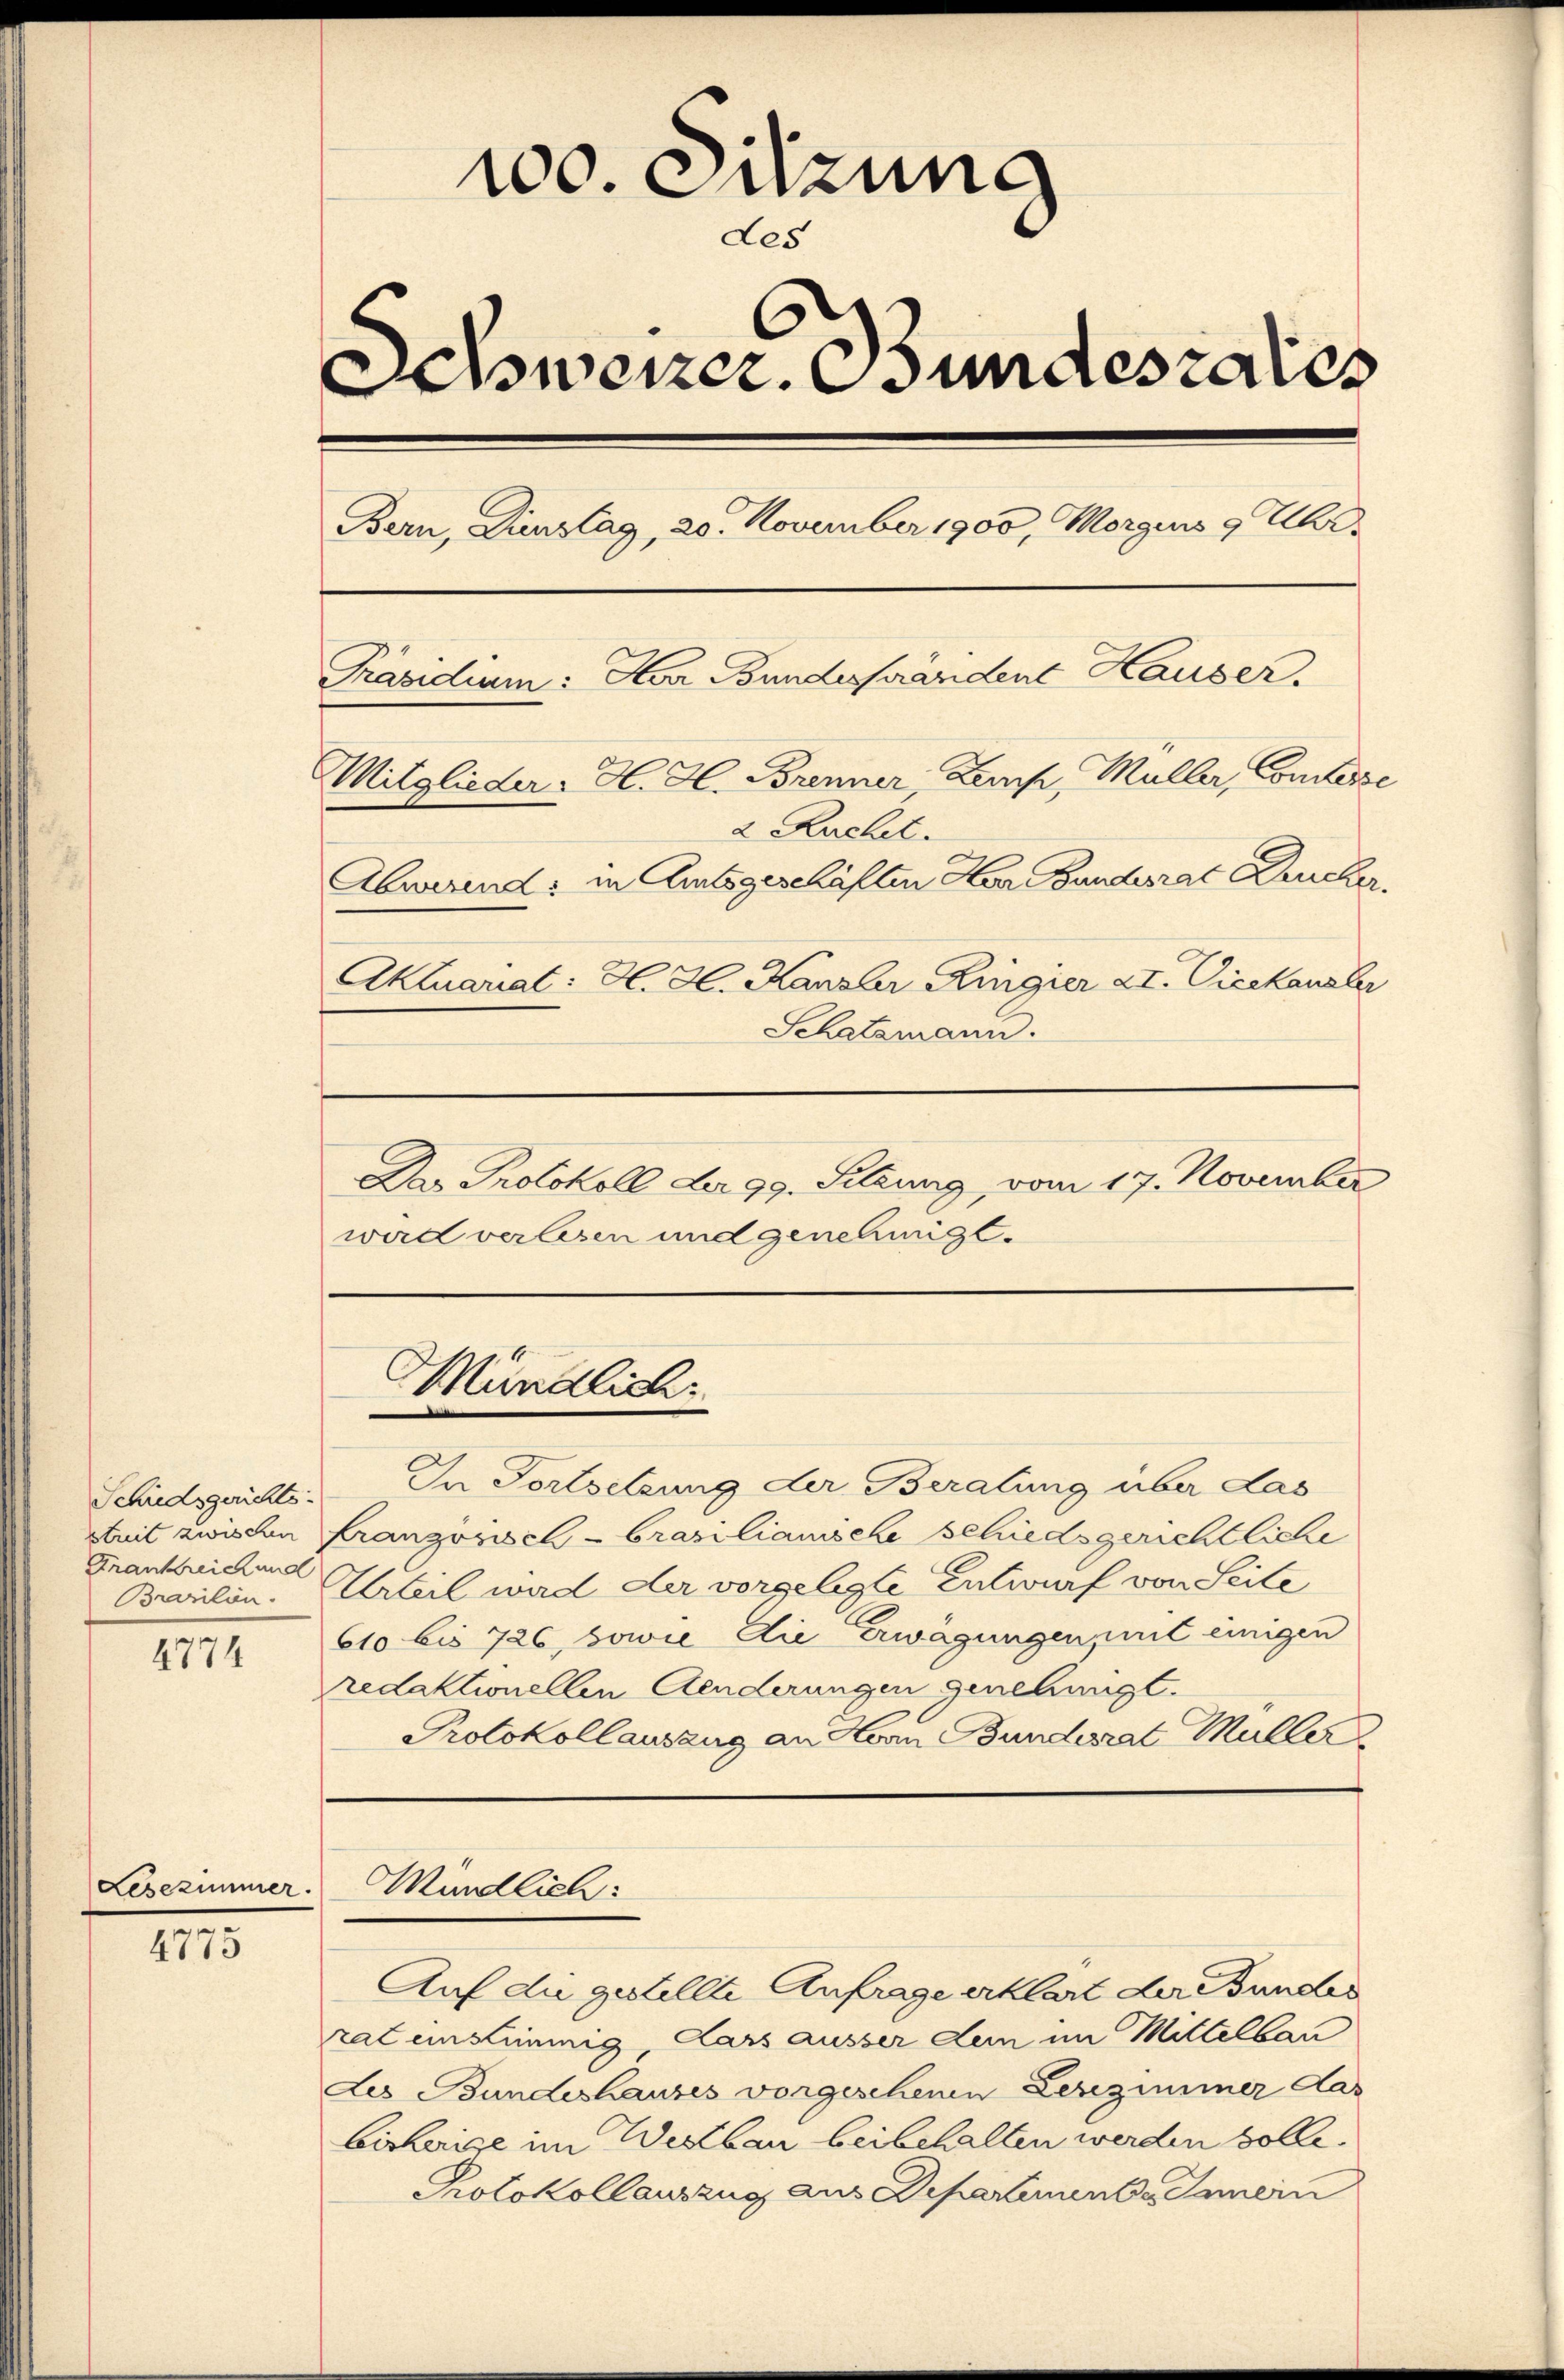
Schiedsgerichts-
streit zwischen
Frankreich und
Brarilön.

4774

Lesezimmer

.
4773

100. Sitzung
Les
swenzer. Bundesrates
Bern, Dienstag, 20. November 1900, Morgens 9 Uhr.
Präsidium: Herr Bundesfändent Hauser.
Mitglieder. H. H. Brenner, Leuch, Müller, Comtesse
2 Ruchet.
Abwesend: in Amtsgeschäften Har Bundesrat Drucker.
Aktuariat: H. H. Kanzler Ringier XI. Vieckausler
Schatzmann.

Das Protokoll der 99. Setzung, vom 17. November
ward verlesen und genehmigt.

Mündlich

In Fortsetzung der Beratung über das
Französisch - brazilianische schiedsgerichtliche
Urteil ward der vorgelegte Entwurf von Seite
610 bis 726, sowie die Erwägungen, mit einigen
redaktionellen Aenderungen genehmigt.
Protokollauszug an Hern Bunderat Müller
Mündlich:
Auf die gestellte Anfrage erklärt der Bundes
rat einstimmig dars ausser dem im Mittelbau
des Bundeshauses vorgeschenen Lesezimmer das
bisherige im Westbau beibehalten werden solle.
Protokollauszug aus Departimente Gemein